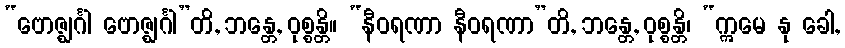
“ဗောဇ္ဈင်္ဂါ ဗောဇ္ဈင်္ဂါ”တိ, ဘန္တေ, ဝုစ္စန္တိ။ “နီဝရဏာ နီဝရဏာ”တိ, ဘန္တေ, ဝုစ္စန္တိ၊ “ဣမေ နု ခေါ,